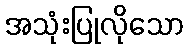
အသုံးပြုလိုသော